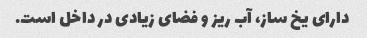
دارای یخ ساز، آب ریز و فضای زیادی در داخل است.